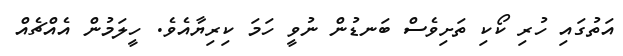
އަތުގައި ހުރި ކޯކި ތަށިވެސް ބަނޑުން ނުވީ ހަމަ ކިރިޔާއެވެ. ހީލަމުން އެއްޗެއް